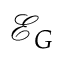
\mathcal { E } _ { G }